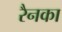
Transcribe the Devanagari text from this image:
रैनका